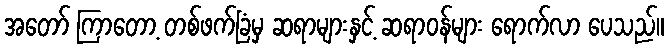
အတော် ကြာတော့ တစ်ဖက်ခြံမှ ဆရာများနှင့် ဆရာဝန်များ ရောက်လာ ပေသည်။